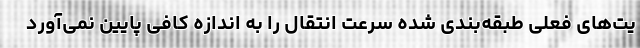
یت‌های فعلی طبقه‌بندی شده سرعت انتقال را به اندازه کافی پایین نمی‌آورد